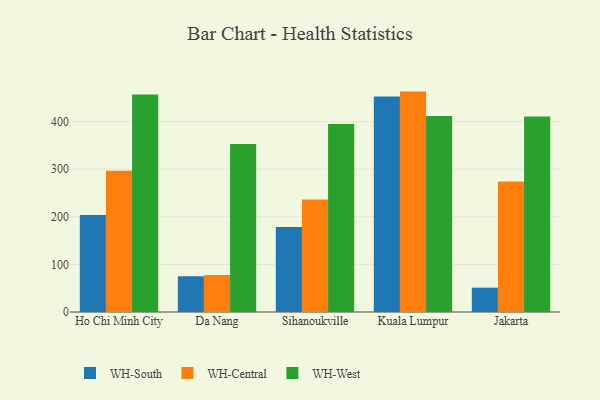
{"axis": {"x": "City", "y": "Population (Million)"}, "legend": ["WH-Central", "WH-South", "WH-West"], "data": [{"x": "Ho Chi Minh City", "y": 203.6, "type": "WH-South"}, {"x": "Ho Chi Minh City", "y": 296.7, "type": "WH-Central"}, {"x": "Ho Chi Minh City", "y": 456.6, "type": "WH-West"}, {"x": "Da Nang", "y": 75.1, "type": "WH-South"}, {"x": "Da Nang", "y": 77.8, "type": "WH-Central"}, {"x": "Da Nang", "y": 353.1, "type": "WH-West"}, {"x": "Sihanoukville", "y": 178.3, "type": "WH-South"}, {"x": "Sihanoukville", "y": 236.4, "type": "WH-Central"}, {"x": "Sihanoukville", "y": 394.8, "type": "WH-West"}, {"x": "Kuala Lumpur", "y": 452.4, "type": "WH-South"}, {"x": "Kuala Lumpur", "y": 462.9, "type": "WH-Central"}, {"x": "Kuala Lumpur", "y": 411.4, "type": "WH-West"}, {"x": "Jakarta", "y": 51.1, "type": "WH-South"}, {"x": "Jakarta", "y": 274.0, "type": "WH-Central"}, {"x": "Jakarta", "y": 410.7, "type": "WH-West"}]}